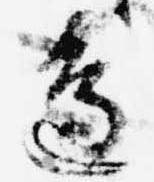
辺